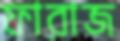
ফারাজ